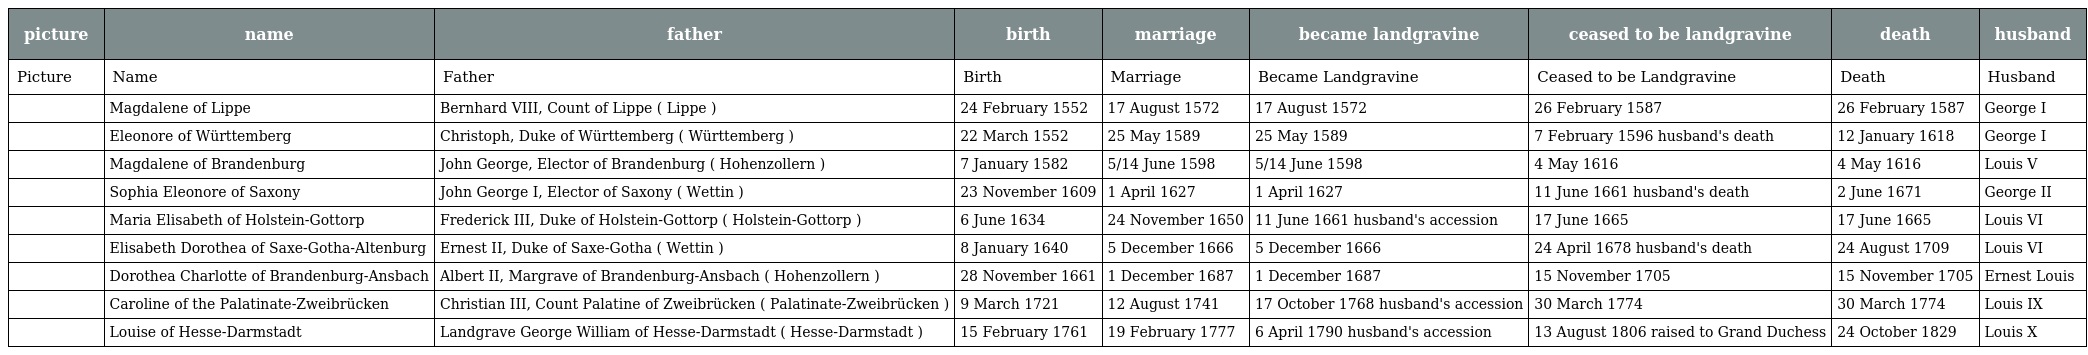
| picture | name | father | birth | marriage | became landgravine | ceased to be landgravine | death | husband |
 | --- | --- | --- | --- | --- | --- | --- | --- | --- |
 | Picture | Name | Father | Birth | Marriage | Became Landgravine | Ceased to be Landgravine | Death | Husband |
 |  | Magdalene of Lippe | Bernhard VIII, Count of Lippe ( Lippe ) | 24 February 1552 | 17 August 1572 | 17 August 1572 | 26 February 1587 | 26 February 1587 | George I |
 |  | Eleonore of Württemberg | Christoph, Duke of Württemberg ( Württemberg ) | 22 March 1552 | 25 May 1589 | 25 May 1589 | 7 February 1596 husband's death | 12 January 1618 | George I |
 |  | Magdalene of Brandenburg | John George, Elector of Brandenburg ( Hohenzollern ) | 7 January 1582 | 5/14 June 1598 | 5/14 June 1598 | 4 May 1616 | 4 May 1616 | Louis V |
 |  | Sophia Eleonore of Saxony | John George I, Elector of Saxony ( Wettin ) | 23 November 1609 | 1 April 1627 | 1 April 1627 | 11 June 1661 husband's death | 2 June 1671 | George II |
 |  | Maria Elisabeth of Holstein-Gottorp | Frederick III, Duke of Holstein-Gottorp ( Holstein-Gottorp ) | 6 June 1634 | 24 November 1650 | 11 June 1661 husband's accession | 17 June 1665 | 17 June 1665 | Louis VI |
 |  | Elisabeth Dorothea of Saxe-Gotha-Altenburg | Ernest II, Duke of Saxe-Gotha ( Wettin ) | 8 January 1640 | 5 December 1666 | 5 December 1666 | 24 April 1678 husband's death | 24 August 1709 | Louis VI |
 |  | Dorothea Charlotte of Brandenburg-Ansbach | Albert II, Margrave of Brandenburg-Ansbach ( Hohenzollern ) | 28 November 1661 | 1 December 1687 | 1 December 1687 | 15 November 1705 | 15 November 1705 | Ernest Louis |
 |  | Caroline of the Palatinate-Zweibrücken | Christian III, Count Palatine of Zweibrücken ( Palatinate-Zweibrücken ) | 9 March 1721 | 12 August 1741 | 17 October 1768 husband's accession | 30 March 1774 | 30 March 1774 | Louis IX |
 |  | Louise of Hesse-Darmstadt | Landgrave George William of Hesse-Darmstadt ( Hesse-Darmstadt ) | 15 February 1761 | 19 February 1777 | 6 April 1790 husband's accession | 13 August 1806 raised to Grand Duchess | 24 October 1829 | Louis X |